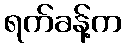
ရက်ခန့်က